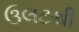
ઉલટથી